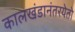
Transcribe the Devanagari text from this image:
कालखंडानंतरयेतो